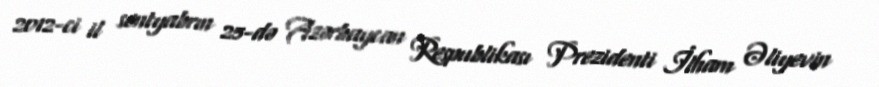
2012-ci il sentyabrın 25-də Azərbaycan Respublikası Prezidenti İlham Əliyevin